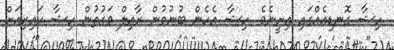
ހިޝާ ގޮނޑިއެއްގައި އިށީނެވެ. ހިޝާ އެހެން ބުނުމުން ރާއިލް ވަގުތުން ހިޝާ ކައިރިއަށް